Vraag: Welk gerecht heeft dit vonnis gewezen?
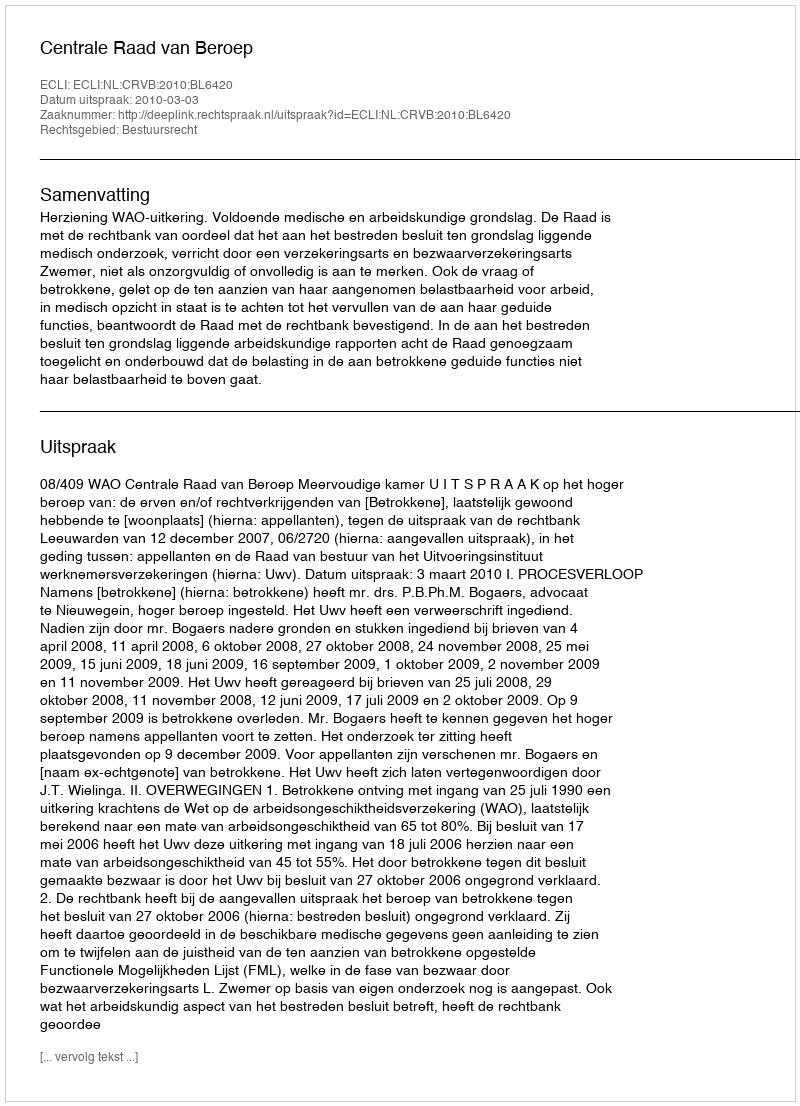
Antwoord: Centrale Raad van Beroep